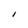
Character: I